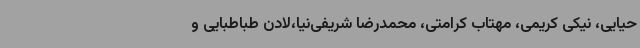
حیایی، نیکی کریمی، مهتاب کرامتی، محمدرضا شریفی‌نیا،لادن طباطبایی و